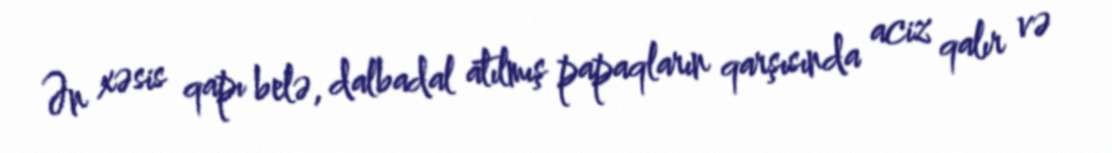
Ən xəsis qapı belə, dalbadal atılmış papaqların qarşısında aciz qalır və